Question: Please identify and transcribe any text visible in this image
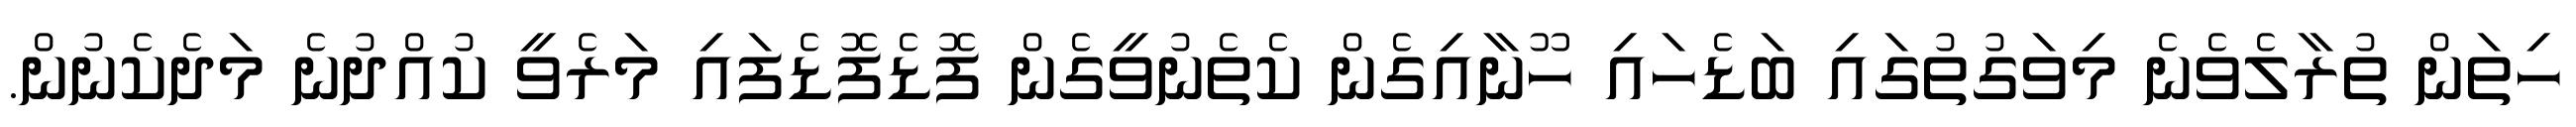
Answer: ހިތަން ތުރާލެވެނެ މިވަގުތުގައި ބަޑެހައި ހޫނާއިގެން ކެތެނުވީގެން ފޮޑެފޮޑެފައި މަރެވީ ކުއްދުނެ މަދެކެނުން.